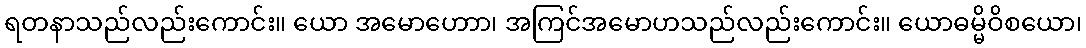
ရတနာသည်လည်းကောင်း။ ယော အမောဟောာ၊ အကြင်အမောဟသည်လည်းကောင်း။ ယောဓမ္မိဝိစယော၊